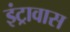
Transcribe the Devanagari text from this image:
इंट्रावास